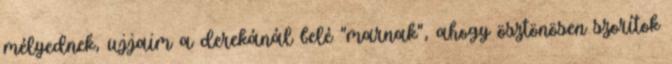
mélyednek, ujjaim a derekánál belé "marnak", ahogy ösztönösen szorítok